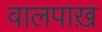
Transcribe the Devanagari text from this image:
वालपाख़